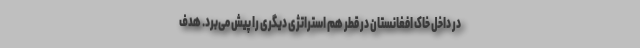
در داخل خاک افغانستان در قطر هم استراتژی دیگری را پیش می‌برد. هدف